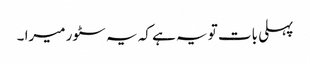
پہلی بات تو یہ ہے کہ یہ سٹور میرا ۔